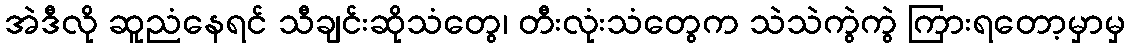
အဲဒီလို ဆူညံနေရင် သီချင်းဆိုသံတွေ၊ တီးလုံးသံတွေက သဲသဲကွဲကွဲ ကြားရတော့မှာမှ